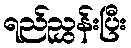
ရည်ညွှန်းပြီး